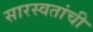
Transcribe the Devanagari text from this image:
सारस्वतांची